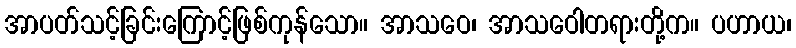
အာပတ်သင့်ခြင်းကြောင့်ဖြစ်ကုန်သော။ အာသဝေ၊ အာသဝေါတရားတို့က။ ပဟာယ၊